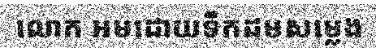
លោក អមដោយទឹកដមសម្លេង